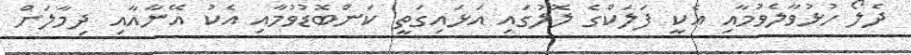
ދެލޯ ހުޅުވާލެވުމާއި އެކީ ފަލަކްގެ ލޮލުގައި އަޅައިގަތީ ކަންބޮޑުވުމާއި އެކު އޭނާއާއި ދިމާލަށް